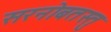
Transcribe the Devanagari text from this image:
सरनोबतस्तु